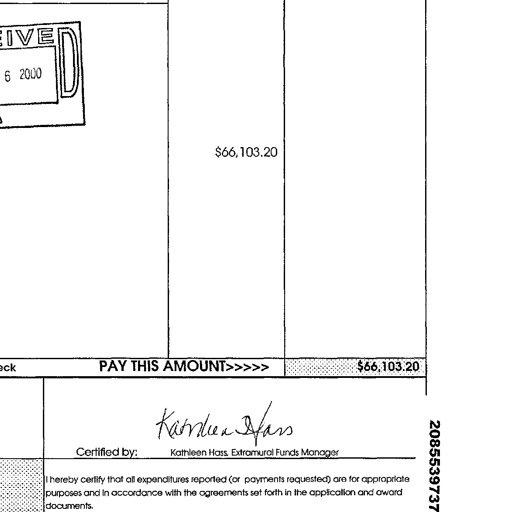
RECEIVED
6 2000
$66,103.20
PAY THIS AMOUNT>>>>> $66,103.20
Kathleen Hass
Certified by: Kathleen Hass, Extramural Funds Manager
I hereby certify that all expenditures reported (or payments requested) are for appropriate purposes and in accordance with the agreements set forth in the application and award documents.
2085539737